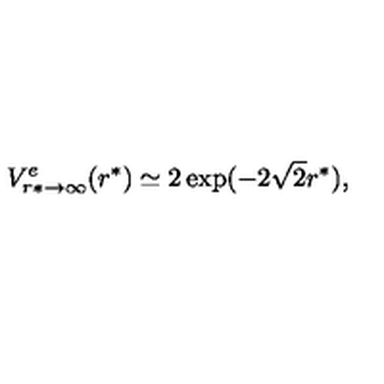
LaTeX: V _ { r * \to \infty } ^ { e } ( r ^ { * } ) \simeq 2 \exp ( - 2 \sqrt 2 r ^ { * } ) ,